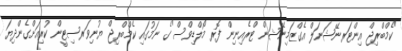
"ކެމްބްރިޖް އިންޓަރނޭޝަނަލް އެގްޒަމިނޭޝަން ޓްރެއިނިން ފޮރ މޯލްޑިވްސް"ގެ ނަމުގައި ކެމްބްރިޖް ޔުނިވަރސިޓީން ކުރިއަށްގެންދިޔަ